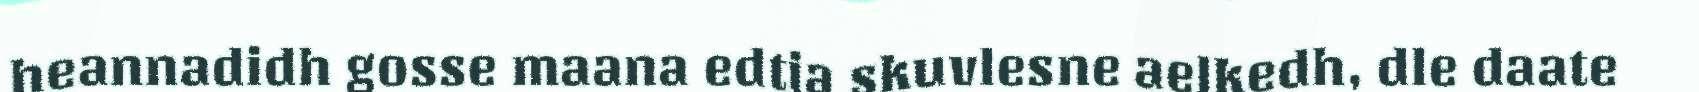
heannadidh gosse maana edtja skuvlesne aelkedh, dle daate